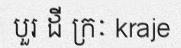
បួរ ដី ក្រៈ kraje